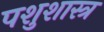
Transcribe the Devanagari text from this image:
पशुशास्त्र